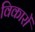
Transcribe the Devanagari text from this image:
विकारों